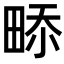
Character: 𤲎